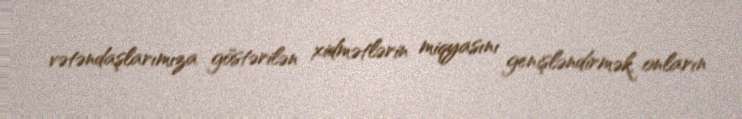
vətəndaşlarımıza göstərilən xidmətlərin miqyasını genişləndirmək, onların